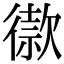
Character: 𢕫